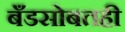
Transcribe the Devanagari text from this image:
बँडसोबतही